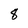
Character: 8